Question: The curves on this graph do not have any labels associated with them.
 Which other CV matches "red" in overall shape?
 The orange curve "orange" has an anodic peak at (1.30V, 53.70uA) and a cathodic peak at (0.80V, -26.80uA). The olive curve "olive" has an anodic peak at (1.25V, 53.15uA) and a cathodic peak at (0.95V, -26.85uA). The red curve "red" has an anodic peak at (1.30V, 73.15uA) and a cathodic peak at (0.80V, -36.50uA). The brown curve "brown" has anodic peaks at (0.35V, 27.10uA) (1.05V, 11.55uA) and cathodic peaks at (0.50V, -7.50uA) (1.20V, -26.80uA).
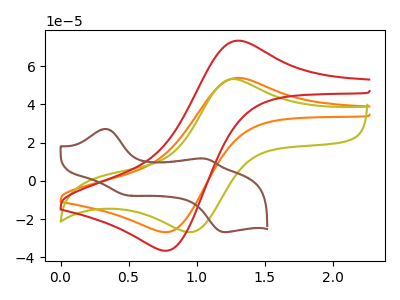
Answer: <think>"orange" and "olive" have at least one peak that do not match. All the peaks in "orange" have a peak in "red" at the same potential. Every peak in "orange" is lower than every peak in "red". "orange" and "brown" have a different number of peaks. "olive" and "red" have at least one peak that do not match. "olive" and "brown" have a different number of peaks. "red" and "brown" have a different number of peaks.
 </think>
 <answer>The CV with the most similar shape to "orange" is "red".</answer>
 <eval>"red"</eval>